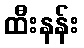
ထီးနန်း